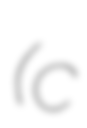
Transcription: (c